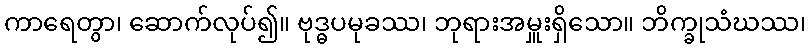
ကာရေတွာ၊ ဆောက်လုပ်၍။ ဗုဒ္ဓပမုခဿ၊ ဘုရားအမှူးရှိသော။ ဘိက္ခုသံဃဿ၊